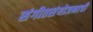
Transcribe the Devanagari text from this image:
संगीतसंयोजनाची